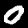
Digit: 0